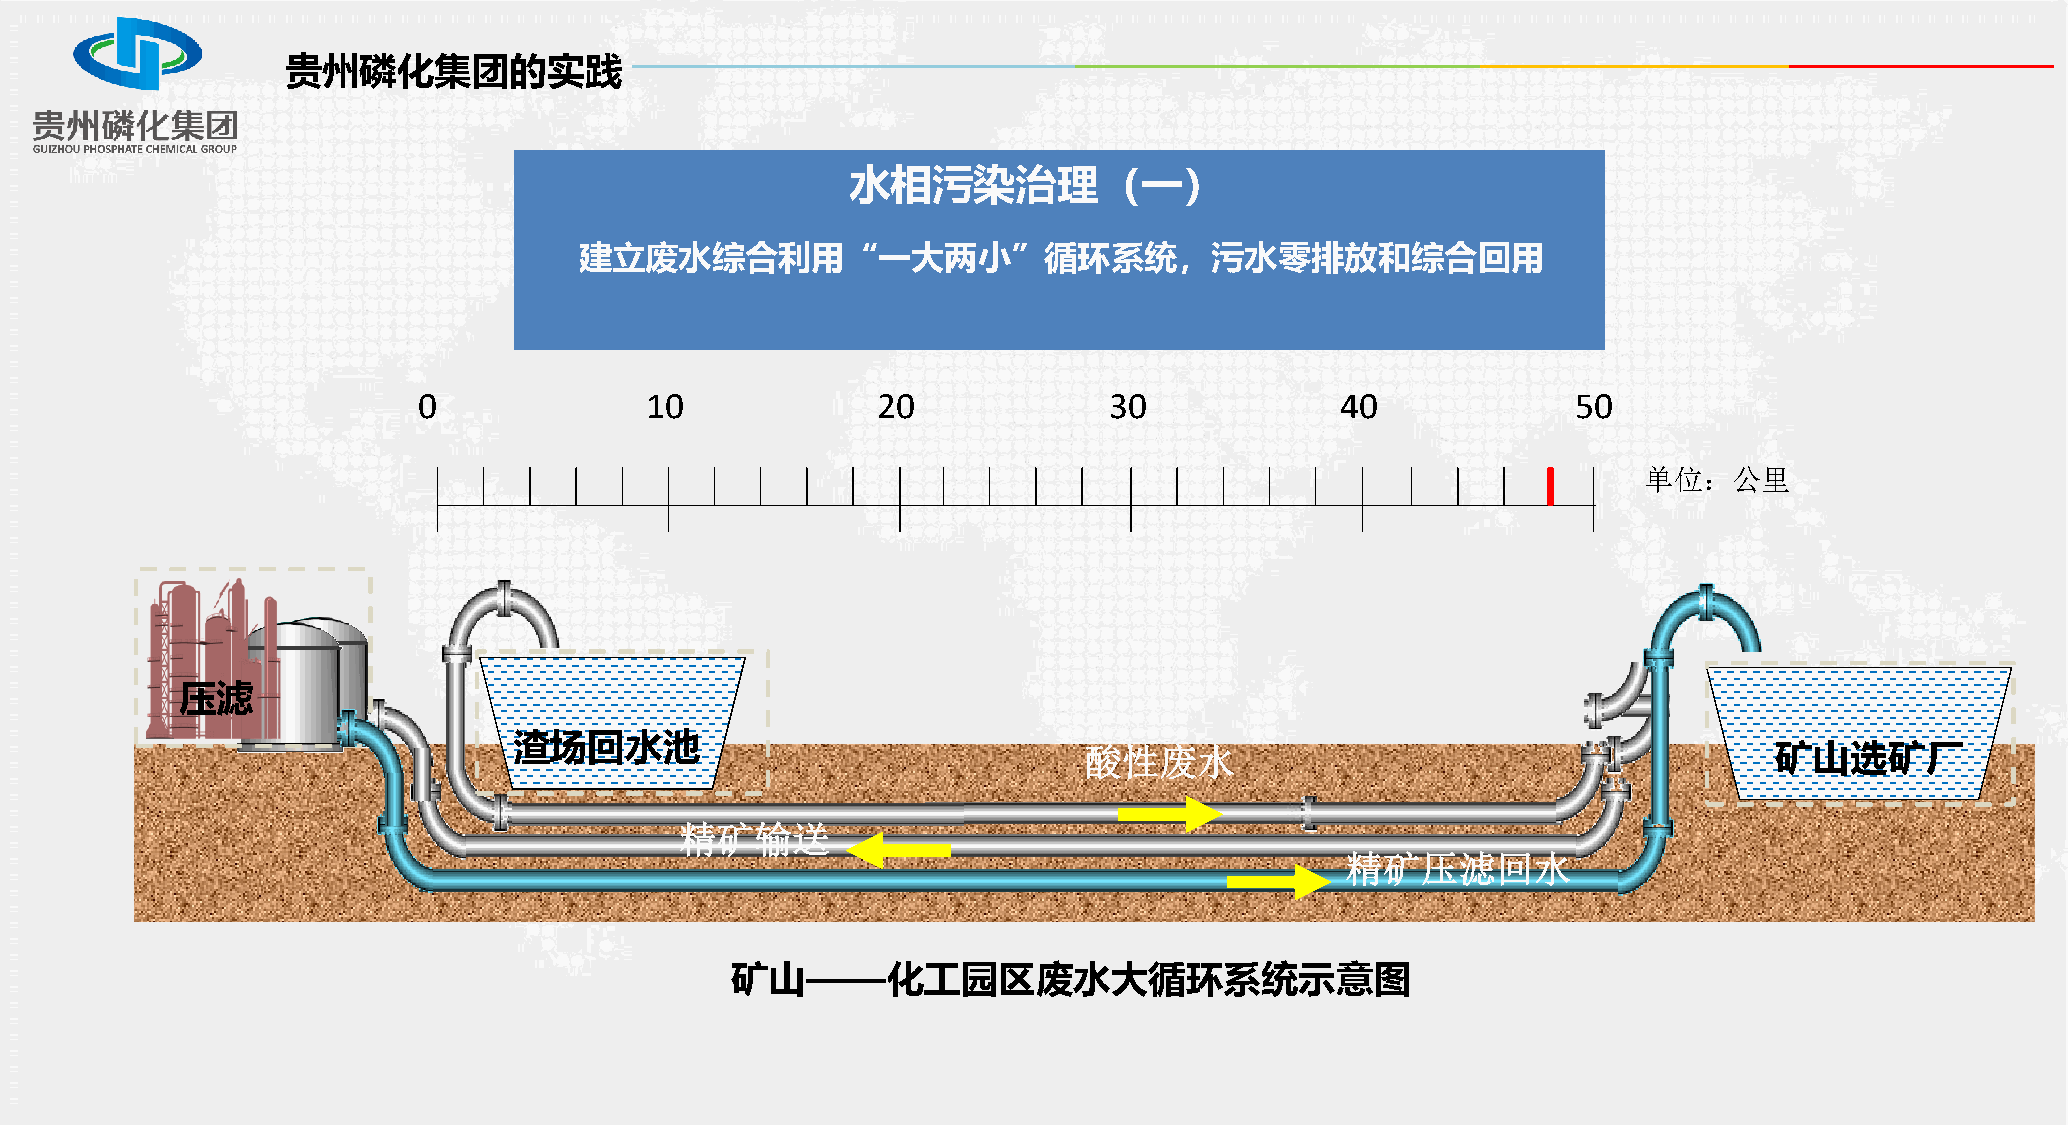
贵州磷化集团的实践
 水相污染治理（一）
 建立废水综合利用“一大两小”循环系统，污水零排放和综合回用
 0              10             20             30              40             50
 单位：公里
 压滤
 渣场回水池
 酸性废水                                         矿山选矿厂
 精矿输送
 精矿压滤回水
 矿山——化工园区废水大循环系统示意图